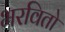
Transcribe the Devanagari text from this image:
भरवितो